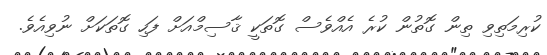
ކުރިމަތިވި ތިން ގޮތުން ކުރެ އެއްވެސް ގޮތަކީ ޤާސިމްއަށް ފަހި ގޮތަކަށް ނުވިއެވެ.